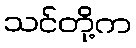
သင်တို့က